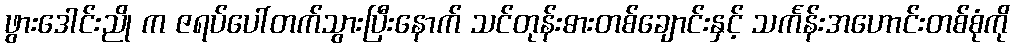
ဖွားဒေါင်းညို က ဇရပ်ပေါ်တက်သွားပြီးနောက် သင်တုန်းဓားတစ်ချောင်းနှင့် သင်္ကန်းအဟောင်းတစ်စုံကို